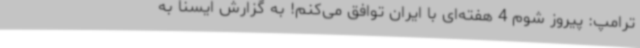
ترامپ: پیروز شوم 4 هفته‌ای با ایران توافق می‌کنم! به گزارش ایسنا به